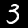
Label: 3